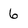
Character: 6